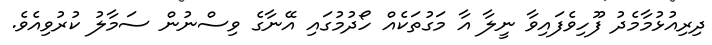
ދިރިއުޅުމާމެދު ފޫހިވެފައިވާ ނީލާ އާ މަގުތަކެއް ހޯދުމުގައި އޭނާގެ ވިސްނުން ސަމާލު ކުރުވިއެވެ.